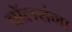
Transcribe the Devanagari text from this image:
वॉलसंगा